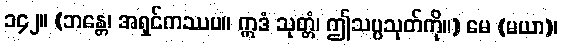
၁၄၂။ (ဘန္တေ၊ အရှင်ကဿပ။ ဣဒံ သုတ္တံ၊ ဤသပ္ပသုတ်ကို။) မေ (မယာ)၊